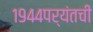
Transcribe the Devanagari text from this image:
१९४४पर्यंतची